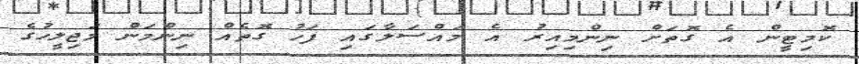
ކޮމިޓީން އެ ގޮތަށް ނިންމިއިރު އެ މައްސަލާގައި ފަހު ގޮތެއް ނިންމަން މަޖިލީހުގެ